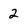
Character: 2